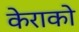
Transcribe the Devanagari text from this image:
केराको